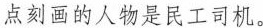
点刻画的人物是民工司机。